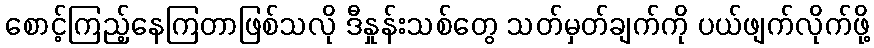
စောင့်ကြည့်နေကြတာဖြစ်သလို ဒီနှုန်းသစ်တွေ သတ်မှတ်ချက်ကို ပယ်ဖျက်လိုက်ဖို့